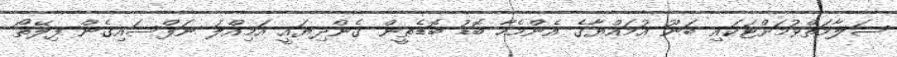
ސަލާމަތްވުމަށްޓަކައި ބަނޫ އުމައްޔާގެ އެންމެހާ ބޮޑު ބޮޑެތީން ގެންދިޔައީ އަމިއްލަ ނަފްސައިގެން ފިލޭތޯ